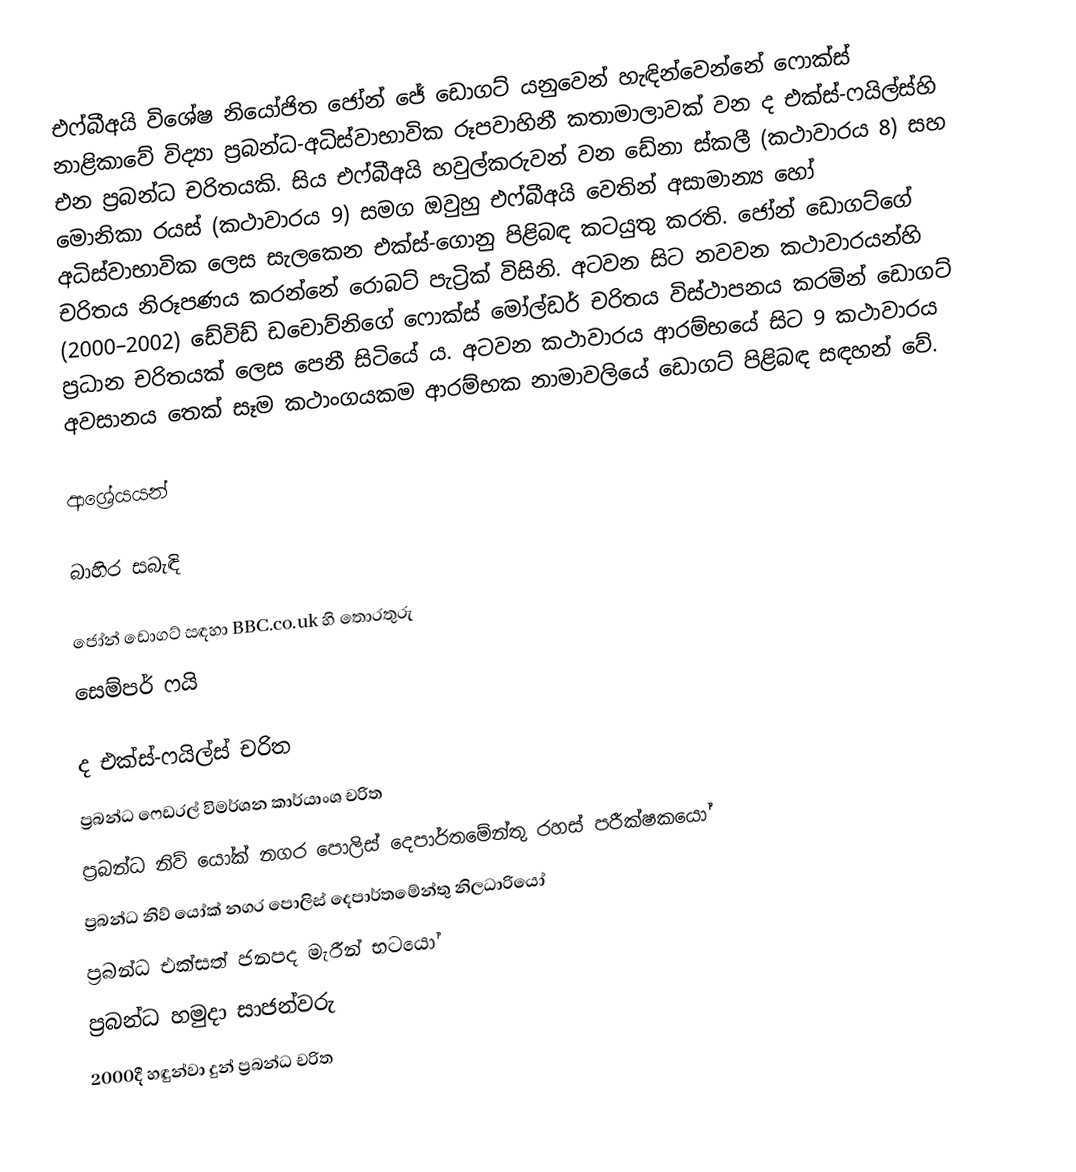
එෆ්බීඅයි විශේෂ නියෝජිත ජෝන් ජේ ඩොගට් යනුවෙන් හැඳින්වෙන්නේ ෆොක්ස් නාළිකාවේ විද්‍යා ප්‍රබන්ධ-අධිස්වාභාවික රූපවාහිනී කතාමාලාවක් වන ද එක්ස්-ෆයිල්ස්හි එන ප්‍රබන්ධ චරිතයකි. සිය එෆ්බීඅයි හවුල්කරුවන් වන ඩේනා ස්කලී (කථාවාරය 8) සහ මොනිකා රයස් (කථාවාරය 9) සමග ඔවුහු එෆ්බීඅයි වෙතින් අසාමාන්‍ය හෝ අධිස්වාභාවික ලෙස සැලකෙන එක්ස්-ගොනු පිළිබඳ කටයුතු කරති. ජෝන් ඩොගට්ගේ චරිතය නිරූපණය කරන්නේ රොබට් පැට්‍රික් විසිනි. අටවන සිට නවවන කථාවාරයන්හි (2000–2002) ඩේවිඩ් ඩචොව්නිගේ ෆොක්ස් මෝල්ඩර් චරිතය විස්ථාපනය කරමින් ඩොගට් ප්‍රධාන චරිතයක් ලෙස පෙනී සිටියේ ය. අටවන කථාවාරය ආරම්භයේ සිට 9 කථාවාරය අවසානය තෙක් සෑම කථාංගයකම ආරම්භක නාමාවලියේ ඩොගට් පිළිබඳ සඳහන් වේ.

ආශ්‍රේයයන්

බාහිර සබැඳි

 ජෝන් ඩොගට් සඳහා BBC.co.uk හි තොරතුරු
 සෙම්පර් ෆයි

ද එක්ස්-ෆයිල්ස් චරිත
ප්‍රබන්ධ ෆෙඩරල් විමර්ශන කාර්යාංශ චරිත
ප්‍රබන්ධ නිව් යෝක් නගර පොලිස් දෙපාර්තමේන්තු රහස් පරීක්ෂකයෝ
ප්‍රබන්ධ නිව් යෝක් නගර පොලිස් දෙපාර්තමේන්තු නිලධාරියෝ
ප්‍රබන්ධ එක්සත් ජනපද මැරීන් භටයෝ
ප්‍රබන්ධ හමුදා සාජන්වරු
2000දී හඳුන්වා දුන් ප්‍රබන්ධ චරිත